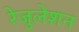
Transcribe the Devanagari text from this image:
रेजुलेशन